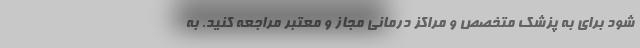
شود برای به پزشک متخصص و مراکز درمانی مجاز و معتبر مراجعه کنید. به